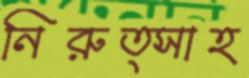
নিরুত্সাহ